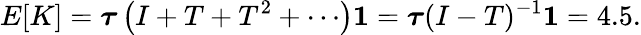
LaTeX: E[K]={\boldsymbol{\tau}}\left(I+T+T^{2}+\cdots\right){\boldsymbol{1}}={\boldsymbol{\tau}}(I-T)^{-1}{\boldsymbol{1}}=4.5.